Report on the lunatic asylums under the Government of Bombay - 1904-1913
Year: 1904
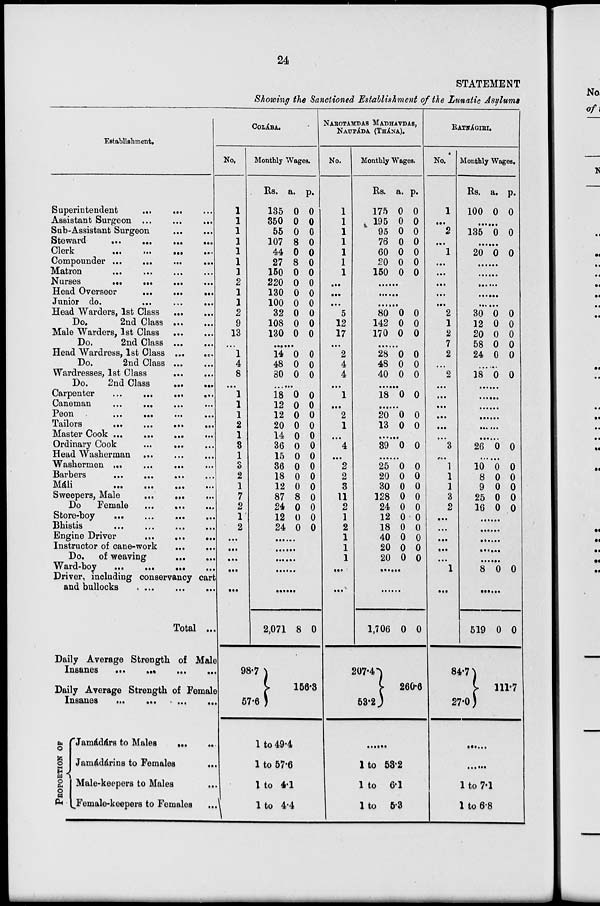
24
STATEMENT
Showing the Sanctioned Establishment of the Lunatic Asylums
Establishment.
Superintendent
...
...
...
Assistant Surgeon
...
...
...
Sub-Assistant Surgeon ... ... ...
Steward
...
...
...
...
Clerk
...
...
...
...
Compounder ... ... ... ...
Matron
...
...
...
...
Nurses
...
...
...
...
Head Overseer ... ... ...
Junior do.
...
...
...
Head Warders, 1st Class ... ...
Do.
2nd Class ... ...
Male Warders, 1st Class ... ... ...
Do.
2nd Class ... ... ...
Head Wardress, 1st Class ... ... ...
Do.
2nd Class ... ... ...
Wardresses, 1st Class
...
...
Do.
2nd Class ... ... ...
Carpenter
...
...
...
...
Caneman
...
...
...
...
Peon
...
...
...
...
Tailors
...
...
...
...
Master Cook
...
...
...
...
Ordinary Cook
...
...
...
Head Washerman ... ... ...
Washermen ... ... ...
Barbers
...
...
...
...
Máli ... ... ... ...
Sweepers, Male
...
...
...
Do
Female
...
...
...
Store-boy
...
...
...
...
Bhistis... ... ... ...
Engine Driver
...
...
...
Instructor of cane-work
...
...
Do. of weaving
...
...
...
Ward-boy
...
...
...
...
Driver, including conservancy cart
and bullocks
...
...
...
Total ...
Daily Average Strength of Male
Insanes
...
...
...
...
Daily Average Strength of Female
Insanes ... ... ... ...
PROPORTION OF
Jamádárs to Males ... ...
Jamádárins to Females ...
Male-keepers to Males ...
Female-keepers to Females...
COLÁBA.
No.
1
1
1
1
1
1
1
2
1
1
2
9
13
...
1
4
8
...
1
1
1
2
1
3
1
3
2
1
7
2
1
2
...
...
...
...
...
Monthly Wages.
Rs.
135
350
55
107
44
27
150
220
130
100
32
108
130
a.
0
0
0
8
0
8
0
0
0
0
0
0
0
p.
0 0
0
0
0
0
0
0
0
0
0
0
0
...
14
48
80
0
0
0
0
0
0
...
18
12
12
20
14
36
15
36
18
12
87
24
12
24
0
0
0
0
0
0
0
0
0
0
8
0
0
0
0
0
0
0
0
0
0
0
0
0
0
0
0
0
......
......
......
......
......
2,071
98.7
57.6
8 0
156.3
1 to 49.4
1 to 57.6
1 to 4.1
1 to 4.4
NAROTAMDAS MADHAVDAS,
NAUPÁDA (THÁNA).
No.
1
1
1
1
1
1
1
...
...
...
5
12
17
...
2
4
4
...
1
...
2
1
...
4
...
2
2
3
11
2
1
2
1
1
1
...
...
Monthly Wages.
Rs.
175
195
95
76
60
20
150
a.
0
0
0
0
0
0
0
p.
0
0
0
0
0
0
0
......
......
......
80
142
170
0
0
0
0
0
0
......
28
48
40
0
0
0
0
0
0
......
18 0 0
......
20
13
0
0
0
0
......
39 0 0
......
25
20
30
128
24
12
18
40
20
20
0
0
0
0
0
0
0
0
0
0
0
0
0
0
0
0
0
0
0
0
......
......
1,706
207.4
53.2
0 0
260.6
......
1 to 53.2
1 to 6.1
1 to 5.3
RATNÁGIRI.
No.
1
...
2
...
1
...
...
...
...
...
2
1
2
7
2
..
2
...
...
...
...
...
...
3
...
1
1
1
3
2
...
...
...
...
...
1
...
Monthly Wages.
Rs.
100
a.
0
p.
0
......
135 0 0
......
20 0 0
......
......
......
......
......
30
12
20
58
24
0
0
0
0
0
0
0
0
0
0
......
18 0 0
......
......
......
......
......
......
26 0 0
......
10
8
9
25
16
0
0
0
0
0
0
0
0
0
0
......
......
......
......
......
8 0 0
......
519
84.7
27.0
0 0
111.7
......
......
1 to 7.1
1 to 6.8